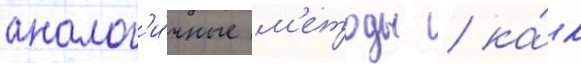
аналог'и́чные м'етоды / ка́к